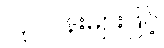
လုပ်ငန်းများဖြင့်